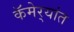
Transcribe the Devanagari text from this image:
कॅमेर्‍यांत